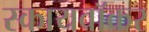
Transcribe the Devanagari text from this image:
स्कायवॉकर